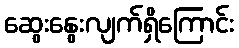
ဆွေးနွေးလျက်ရှိကြောင်း